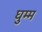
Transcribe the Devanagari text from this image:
घुम्म